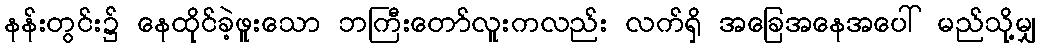
နန်းတွင်း၌ နေထိုင်ခဲ့ဖူးသော ဘကြီးတော်လူးကလည်း လက်ရှိ အခြေအနေအပေါ် မည်သို့မျှ